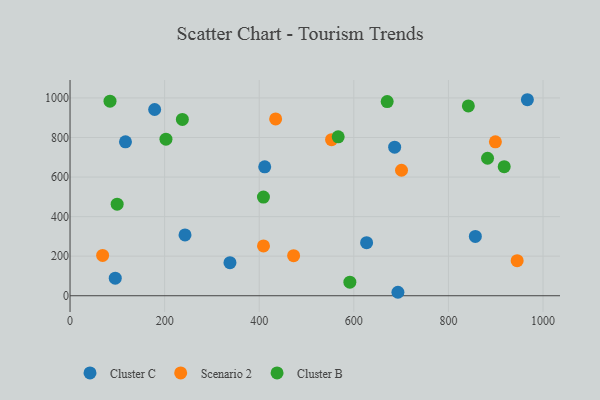
{"axis": {"x": "Study Hours", "y": "Demand"}, "legend": ["Cluster B", "Cluster C", "Scenario 2"], "data": [{"x": "411.6", "y": 651.6, "type": "Cluster C"}, {"x": "338.1", "y": 167.0, "type": "Cluster C"}, {"x": "966.9", "y": 990.9, "type": "Cluster C"}, {"x": "95.6", "y": 88.8, "type": "Cluster C"}, {"x": "243.1", "y": 307.5, "type": "Cluster C"}, {"x": "693.2", "y": 17.5, "type": "Cluster C"}, {"x": "117.2", "y": 778.3, "type": "Cluster C"}, {"x": "686.3", "y": 750.9, "type": "Cluster C"}, {"x": "178.9", "y": 941.5, "type": "Cluster C"}, {"x": "627.0", "y": 268.4, "type": "Cluster C"}, {"x": "856.9", "y": 299.8, "type": "Cluster C"}, {"x": "700.8", "y": 634.4, "type": "Scenario 2"}, {"x": "945.3", "y": 177.3, "type": "Scenario 2"}, {"x": "899.3", "y": 778.3, "type": "Scenario 2"}, {"x": "434.7", "y": 893.8, "type": "Scenario 2"}, {"x": "472.7", "y": 202.5, "type": "Scenario 2"}, {"x": "68.9", "y": 204.0, "type": "Scenario 2"}, {"x": "552.9", "y": 789.1, "type": "Scenario 2"}, {"x": "409.0", "y": 251.7, "type": "Scenario 2"}, {"x": "882.7", "y": 695.0, "type": "Cluster B"}, {"x": "408.9", "y": 498.6, "type": "Cluster B"}, {"x": "566.9", "y": 803.6, "type": "Cluster B"}, {"x": "842.1", "y": 959.4, "type": "Cluster B"}, {"x": "99.6", "y": 462.7, "type": "Cluster B"}, {"x": "670.5", "y": 981.8, "type": "Cluster B"}, {"x": "84.5", "y": 983.8, "type": "Cluster B"}, {"x": "917.9", "y": 652.5, "type": "Cluster B"}, {"x": "202.8", "y": 791.5, "type": "Cluster B"}, {"x": "237.5", "y": 891.5, "type": "Cluster B"}, {"x": "591.6", "y": 68.5, "type": "Cluster B"}]}